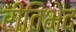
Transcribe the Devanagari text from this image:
रीतिभेद